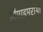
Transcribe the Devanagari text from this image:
प्रीप्राइमरीया